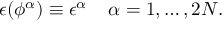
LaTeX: \epsilon ( \phi ^ { \alpha } ) \equiv \epsilon ^ { \alpha } \; \; \; \; \alpha = 1 , \ldots , 2 N .